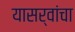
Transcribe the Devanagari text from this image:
यासर्वांचा